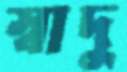
স্বাদু